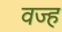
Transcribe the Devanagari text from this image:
वज्ह